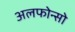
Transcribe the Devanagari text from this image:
अलफोन्सो